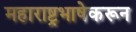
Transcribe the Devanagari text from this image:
महाराष्ट्रभाषेकरून